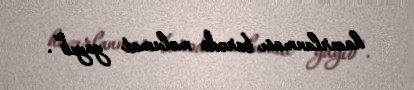
hazırlanması barədə məlumat yayıb”.